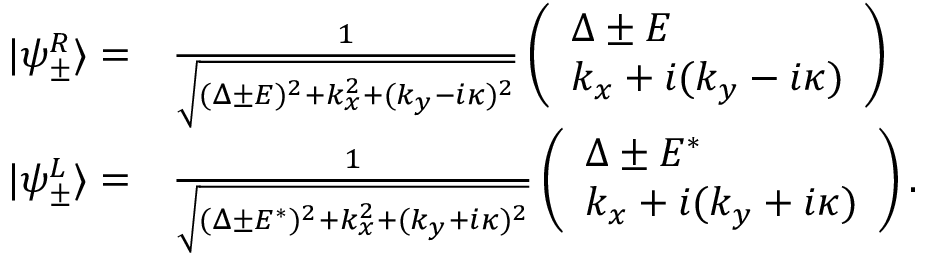
\begin{array} { r l } { | \psi _ { \pm } ^ { R } \rangle = } & { \frac { 1 } { \sqrt { ( \Delta \pm E ) ^ { 2 } + k _ { x } ^ { 2 } + ( k _ { y } - i \kappa ) ^ { 2 } } } \left( \begin{array} { l } { \Delta \pm E } \\ { k _ { x } + i ( k _ { y } - i \kappa ) } \end{array} \right) } \\ { | \psi _ { \pm } ^ { L } \rangle = } & { \frac { 1 } { \sqrt { ( \Delta \pm E ^ { * } ) ^ { 2 } + k _ { x } ^ { 2 } + ( k _ { y } + i \kappa ) ^ { 2 } } } \left( \begin{array} { l } { \Delta \pm E ^ { * } } \\ { k _ { x } + i ( k _ { y } + i \kappa ) } \end{array} \right) . } \end{array}